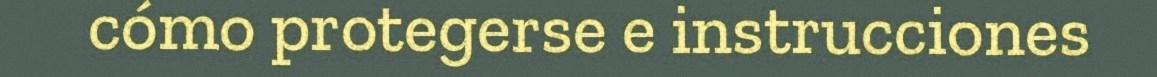
cómo protegerse e instrucciones